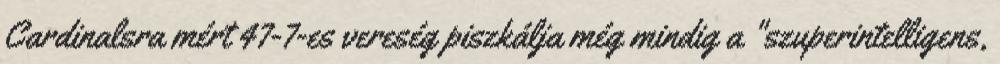
Cardinalsra mért 47-7-es vereség piszkálja még mindig a "szuperintelligens,